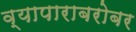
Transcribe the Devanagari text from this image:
व्यापाराबरोबर